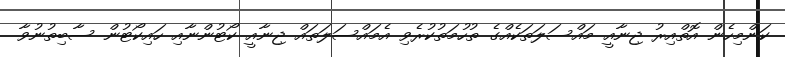
ކަންމިހެން އޮތްއިރު ޖިނާއީ މައްސަލަތަކެއްގެ ތުހުމަތުކުރެވި އެމައްސަލަތައް ޖިނާއީ ކޯޓުންނާއި ހައިކޯޓުން ސާބިތުނުވާ